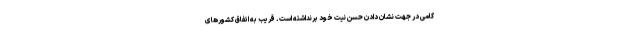
گامی در جهت نشان دادن حسن نیت خود برنداشته است. قریب به اتفاق کشورهای